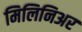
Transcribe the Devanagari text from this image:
मिलिनिअर